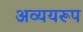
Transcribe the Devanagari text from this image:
अव्ययरूप